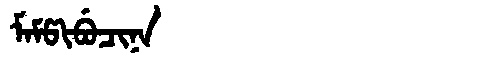
Manchu: ᠮᠠᠮᡦᡳᠪᡠᠴᡳᠨᠠ
Romanization: MAMPIBUCINA